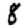
Digit: 8